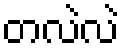
တလဲလဲ